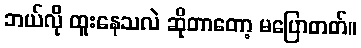
ဘယ်လို ထူးနေသလဲ ဆိုတာတော့ မပြောတတ်။